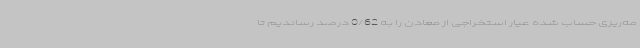
مه‌ریزی حساب شده عیار استخراجی از معادن را به 0/62 درصد رساندیم تا